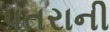
પતરાની